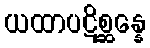
ယထာပဋိစ္ဆန္နေ